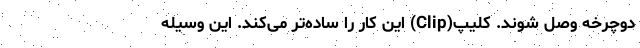
دوچرخه وصل شوند. کلیپ(Clip) این کار را ساده‌تر می‌کند. این وسیله‌